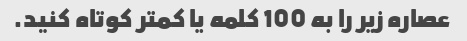
عصاره زیر را به 100 کلمه یا کمتر کوتاه کنید.